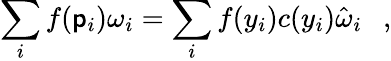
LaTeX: \sum_{i}f(\mathsf{p}_{i})\omega_{i}=\sum_{i}f(y_{i})c(y_{i})\hat{{\omega}}_{i}~~~,